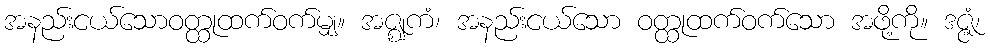
အနည်းငယ်သောဝတ္ထုထက်ဝက်မျှ။ အဇ္ဈကံ၊ အနည်းငယ်သော ဝတ္ထုထက်ဝက်သော အဖို့ကို။ ဒဇ္ဇံ၊